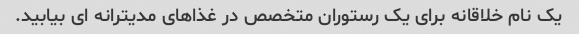
یک نام خلاقانه برای یک رستوران متخصص در غذاهای مدیترانه ای بیابید.